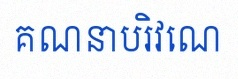
គណនាបរិវេណ